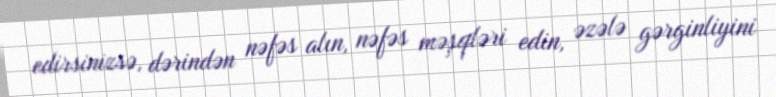
edirsinizsə, dərindən nəfəs alın, nəfəs məşqləri edin, əzələ gərginliyini